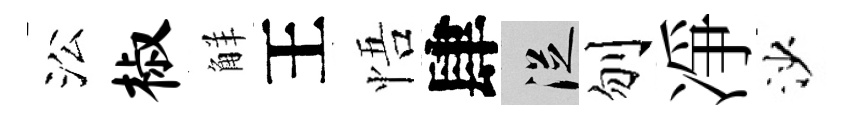
㳂椒觧王悟肆從刎凈沙